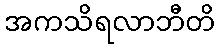
အကသိရလာဘီတိ